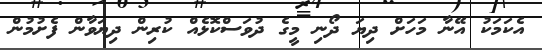
އެކަމަކު އޭނާ މަހަށް ދިޔަ ދޯނި މީގެ ދުވަސްކޮޅެއް ކުރިން ދިޔަވާން ފެށުމުން